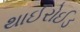
થાઈરોઈડ